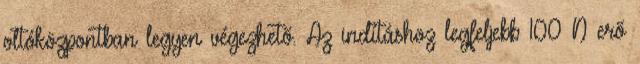
oltóközpontban legyen végezhetõ. Az indításhoz legfeljebb 100 N erõ